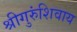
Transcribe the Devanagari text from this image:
श्रीगुरुंशिवाय